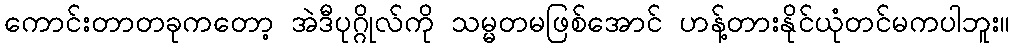
ကောင်းတာတခုကတော့ အဲဒီပုဂ္ဂိုလ်ကို သမ္မတမဖြစ်အောင် ဟန့်တားနိုင်ယုံတင်မကပါဘူး။